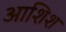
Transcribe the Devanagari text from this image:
आशिश